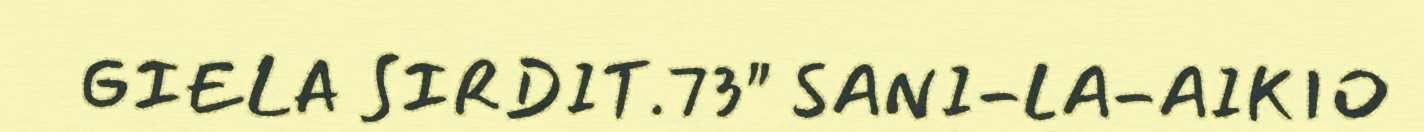
GIELA SIRDIT.73" SANI-LA-AIKIO